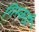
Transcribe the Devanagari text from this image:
गिरकडी